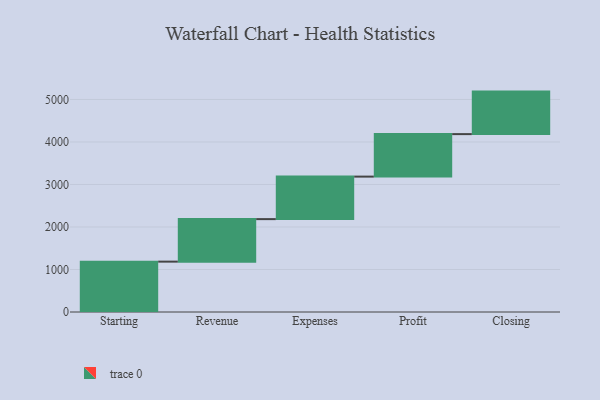
{"axis": {"x": "Step", "y": "Value"}, "legend": [""], "data": [{"x": "Starting", "y": 1185.0, "type": ""}, {"x": "Revenue", "y": 1000, "type": ""}, {"x": "Expenses", "y": 1000, "type": ""}, {"x": "Profit", "y": 1000, "type": ""}, {"x": "Closing", "y": 1000, "type": ""}]}